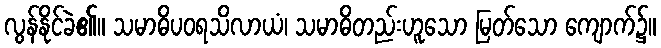
လွန်နိုင်ခဲ၏။ သမာဓိပဝရသိလာယံ၊ သမာဓိတည်းဟူသော မြတ်သော ကျောက်၌။